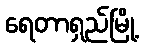
ရေတာရှည်မြို့